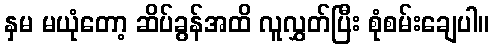
နှမ မယုံတော့ ဆိပ်ခွန်အထိ လူလွှတ်ပြီး စုံစမ်းချေပါ။